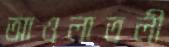
আওলাতলী